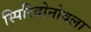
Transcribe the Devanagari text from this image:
स्पिरिदोनोवला